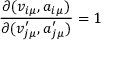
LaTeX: \frac { \partial ( v _ { i \mu } , a _ { i \mu } ) } { \partial ( v _ { j \mu } ^ { \prime } , a _ { j \mu } ^ { \prime } ) } = 1